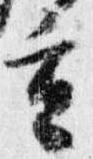
重